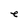
Character: e